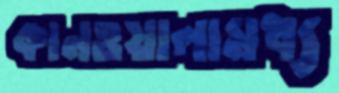
কানওয়ালামধ্য